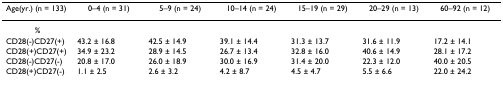
<table><thead><tr><td><b>Age(yr.) (n = 133)</b></td><td><b>0–4 (n = 31)</b></td><td><b>5–9 (n = 24)</b></td><td><b>10–14 (n = 24)</b></td><td><b>15–19 (n = 29)</b></td><td><b>20–29 (n = 13)</b></td><td><b>60–92 (n = 12)</b></td></tr></thead><tbody><tr><td>%</td><td></td><td></td><td></td><td></td><td></td><td></td></tr><tr><td>CD28(-)CD27(+)</td><td>43.2 ± 16.8</td><td>42.5 ± 14.9</td><td>39.1 ± 14.4</td><td>31.3 ± 13.7</td><td>31.6 ± 11.9</td><td>17.2 ± 14.1</td></tr><tr><td>CD28(+)CD27(+)</td><td>34.9 ± 23.2</td><td>28.9 ± 14.5</td><td>26.7 ± 13.4</td><td>32.8 ± 16.0</td><td>40.6 ± 14.9</td><td>28.1 ± 17.2</td></tr><tr><td>CD28(-)CD27(-)</td><td>20.8 ± 17.0</td><td>26.0 ± 18.9</td><td>30.0 ± 16.9</td><td>31.4 ± 20.0</td><td>22.3 ± 12.0</td><td>40.0 ± 20.5</td></tr><tr><td>CD28(+)CD27(-)</td><td>1.1 ± 2.5</td><td>2.6 ± 3.2</td><td>4.2 ± 8.7</td><td>4.5 ± 4.7</td><td>5.5 ± 6.6</td><td>22.0 ± 24.2</td></tr></tbody></table>